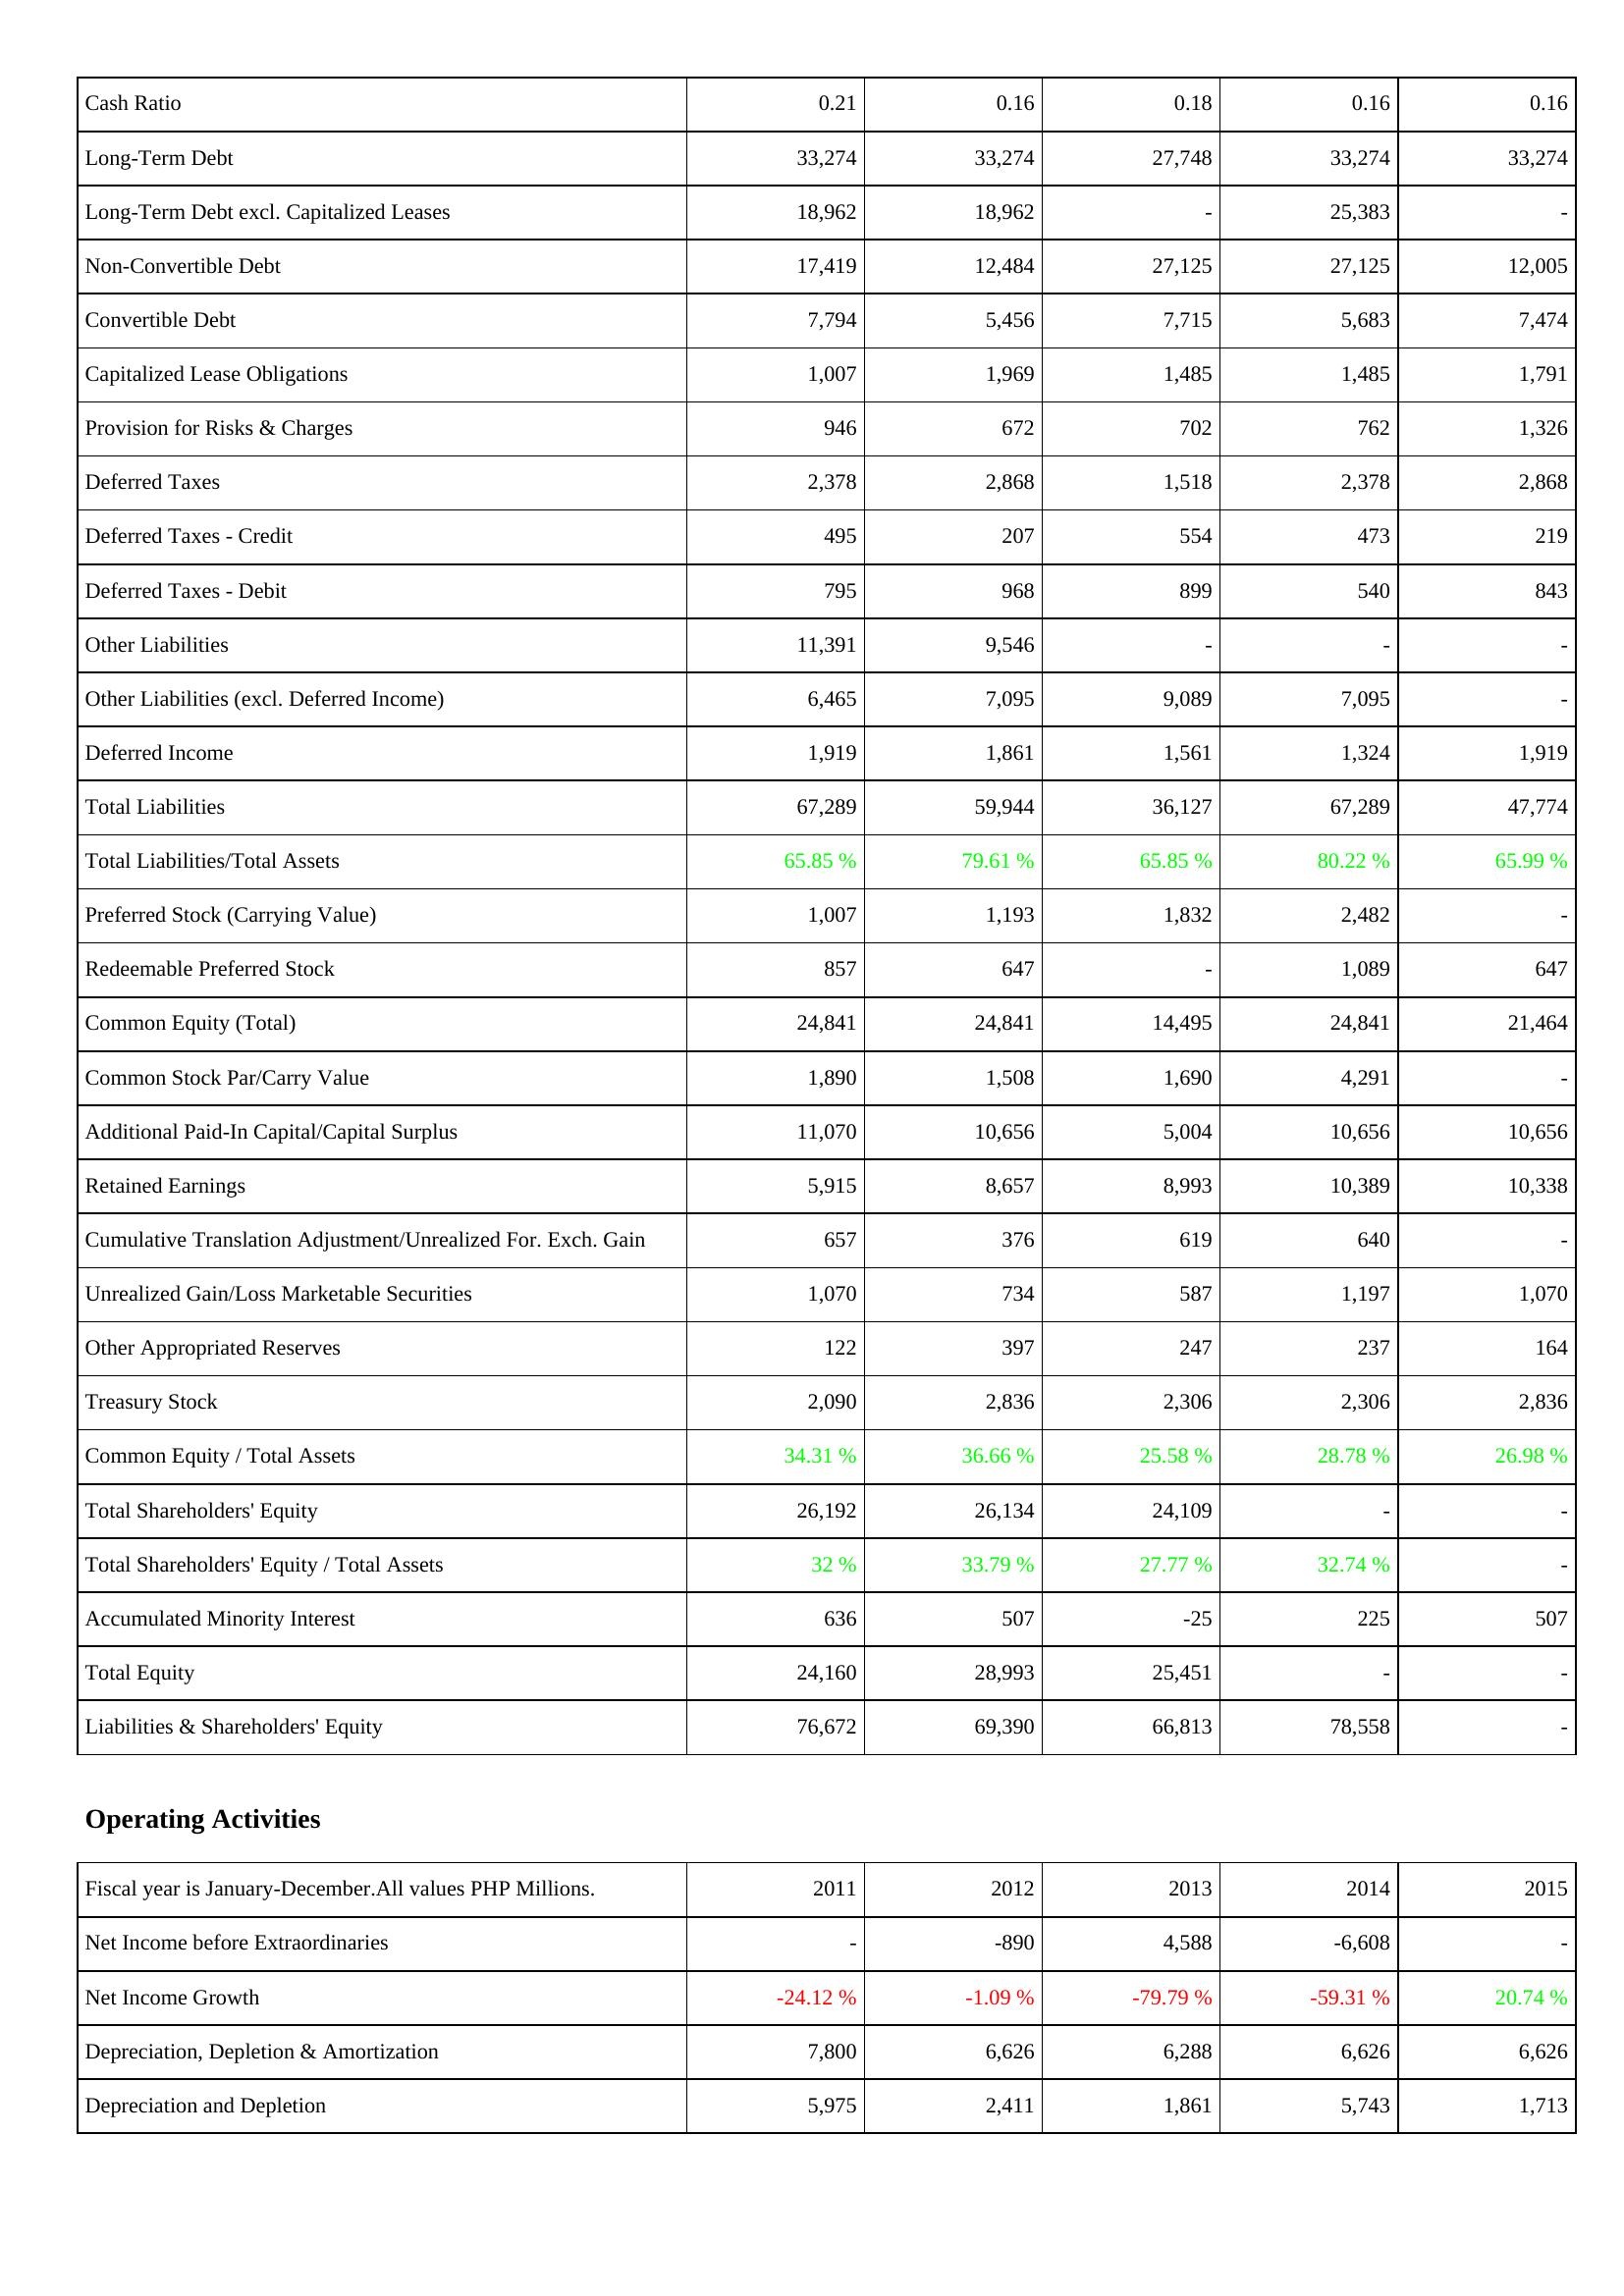
2011: Liabilities & Shareholders' Equity: Cash Ratio: 0.21
Long-Term Debt: 33,274
Long-Term Debt excl. Capitalized Leases: 18,962
Non-Convertible Debt: 17,419
Convertible Debt: 7,794
Capitalized Lease Obligations: 1,007
Provision for Risks & Charges: 946
Deferred Taxes: 2,378
Deferred Taxes - Credit: 495
Deferred Taxes - Debit: 795
Other Liabilities: 11,391
Other Liabilities (excl. Deferred Income): 6,465
Deferred Income: 1,919
Total Liabilities: 67,289
Total Liabilities/Total Assets: 65.85 %
Preferred Stock (Carrying Value): 1,007
Redeemable Preferred Stock: 857
Common Equity (Total): 24,841
Common Stock Par/Carry Value: 1,890
Additional Paid-In Capital/Capital Surplus: 11,070
Retained Earnings: 5,915
Cumulative Translation Adjustment/Unrealized For. Exch. Gain: 657
Unrealized Gain/Loss Marketable Securities: 1,070
Other Appropriated Reserves: 122
Treasury Stock: 2,090
Common Equity / Total Assets: 34.31 %
Total Shareholders' Equity: 26,192
Total Shareholders' Equity / Total Assets: 32 %
Accumulated Minority Interest: 636
Total Equity: 24,160
Liabilities & Shareholders' Equity: 76,672
Operating Activities: Net Income before Extraordinaries: -
Net Income Growth: -24.12 %
Depreciation, Depletion & Amortization: 7,800
Depreciation and Depletion: 5,975
2012: Liabilities & Shareholders' Equity: Cash Ratio: 0.16
Long-Term Debt: 33,274
Long-Term Debt excl. Capitalized Leases: 18,962
Non-Convertible Debt: 12,484
Convertible Debt: 5,456
Capitalized Lease Obligations: 1,969
Provision for Risks & Charges: 672
Deferred Taxes: 2,868
Deferred Taxes - Credit: 207
Deferred Taxes - Debit: 968
Other Liabilities: 9,546
Other Liabilities (excl. Deferred Income): 7,095
Deferred Income: 1,861
Total Liabilities: 59,944
Total Liabilities/Total Assets: 79.61 %
Preferred Stock (Carrying Value): 1,193
Redeemable Preferred Stock: 647
Common Equity (Total): 24,841
Common Stock Par/Carry Value: 1,508
Additional Paid-In Capital/Capital Surplus: 10,656
Retained Earnings: 8,657
Cumulative Translation Adjustment/Unrealized For. Exch. Gain: 376
Unrealized Gain/Loss Marketable Securities: 734
Other Appropriated Reserves: 397
Treasury Stock: 2,836
Common Equity / Total Assets: 36.66 %
Total Shareholders' Equity: 26,134
Total Shareholders' Equity / Total Assets: 33.79 %
Accumulated Minority Interest: 507
Total Equity: 28,993
Liabilities & Shareholders' Equity: 69,390
Operating Activities: Net Income before Extraordinaries: -890
Net Income Growth: -1.09 %
Depreciation, Depletion & Amortization: 6,626
Depreciation and Depletion: 2,411
2013: Liabilities & Shareholders' Equity: Cash Ratio: 0.18
Long-Term Debt: 27,748
Long-Term Debt excl. Capitalized Leases: -
Non-Convertible Debt: 27,125
Convertible Debt: 7,715
Capitalized Lease Obligations: 1,485
Provision for Risks & Charges: 702
Deferred Taxes: 1,518
Deferred Taxes - Credit: 554
Deferred Taxes - Debit: 899
Other Liabilities: -
Other Liabilities (excl. Deferred Income): 9,089
Deferred Income: 1,561
Total Liabilities: 36,127
Total Liabilities/Total Assets: 65.85 %
Preferred Stock (Carrying Value): 1,832
Redeemable Preferred Stock: -
Common Equity (Total): 14,495
Common Stock Par/Carry Value: 1,690
Additional Paid-In Capital/Capital Surplus: 5,004
Retained Earnings: 8,993
Cumulative Translation Adjustment/Unrealized For. Exch. Gain: 619
Unrealized Gain/Loss Marketable Securities: 587
Other Appropriated Reserves: 247
Treasury Stock: 2,306
Common Equity / Total Assets: 25.58 %
Total Shareholders' Equity: 24,109
Total Shareholders' Equity / Total Assets: 27.77 %
Accumulated Minority Interest: -25
Total Equity: 25,451
Liabilities & Shareholders' Equity: 66,813
Operating Activities: Net Income before Extraordinaries: 4,588
Net Income Growth: -79.79 %
Depreciation, Depletion & Amortization: 6,288
Depreciation and Depletion: 1,861
2014: Liabilities & Shareholders' Equity: Cash Ratio: 0.16
Long-Term Debt: 33,274
Long-Term Debt excl. Capitalized Leases: 25,383
Non-Convertible Debt: 27,125
Convertible Debt: 5,683
Capitalized Lease Obligations: 1,485
Provision for Risks & Charges: 762
Deferred Taxes: 2,378
Deferred Taxes - Credit: 473
Deferred Taxes - Debit: 540
Other Liabilities: -
Other Liabilities (excl. Deferred Income): 7,095
Deferred Income: 1,324
Total Liabilities: 67,289
Total Liabilities/Total Assets: 80.22 %
Preferred Stock (Carrying Value): 2,482
Redeemable Preferred Stock: 1,089
Common Equity (Total): 24,841
Common Stock Par/Carry Value: 4,291
Additional Paid-In Capital/Capital Surplus: 10,656
Retained Earnings: 10,389
Cumulative Translation Adjustment/Unrealized For. Exch. Gain: 640
Unrealized Gain/Loss Marketable Securities: 1,197
Other Appropriated Reserves: 237
Treasury Stock: 2,306
Common Equity / Total Assets: 28.78 %
Total Shareholders' Equity: -
Total Shareholders' Equity / Total Assets: 32.74 %
Accumulated Minority Interest: 225
Total Equity: -
Liabilities & Shareholders' Equity: 78,558
Operating Activities: Net Income before Extraordinaries: -6,608
Net Income Growth: -59.31 %
Depreciation, Depletion & Amortization: 6,626
Depreciation and Depletion: 5,743
2015: Liabilities & Shareholders' Equity: Cash Ratio: 0.16
Long-Term Debt: 33,274
Long-Term Debt excl. Capitalized Leases: -
Non-Convertible Debt: 12,005
Convertible Debt: 7,474
Capitalized Lease Obligations: 1,791
Provision for Risks & Charges: 1,326
Deferred Taxes: 2,868
Deferred Taxes - Credit: 219
Deferred Taxes - Debit: 843
Other Liabilities: -
Other Liabilities (excl. Deferred Income): -
Deferred Income: 1,919
Total Liabilities: 47,774
Total Liabilities/Total Assets: 65.99 %
Preferred Stock (Carrying Value): -
Redeemable Preferred Stock: 647
Common Equity (Total): 21,464
Common Stock Par/Carry Value: -
Additional Paid-In Capital/Capital Surplus: 10,656
Retained Earnings: 10,338
Cumulative Translation Adjustment/Unrealized For. Exch. Gain: -
Unrealized Gain/Loss Marketable Securities: 1,070
Other Appropriated Reserves: 164
Treasury Stock: 2,836
Common Equity / Total Assets: 26.98 %
Total Shareholders' Equity: -
Total Shareholders' Equity / Total Assets: -
Accumulated Minority Interest: 507
Total Equity: -
Liabilities & Shareholders' Equity: -
Operating Activities: Net Income before Extraordinaries: -
Net Income Growth: 20.74 %
Depreciation, Depletion & Amortization: 6,626
Depreciation and Depletion: 1,713